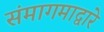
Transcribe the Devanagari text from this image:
संमागमाद्वारे